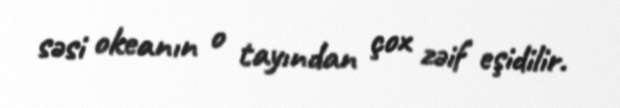
səsi okeanın o tayından çox zəif eşidilir.